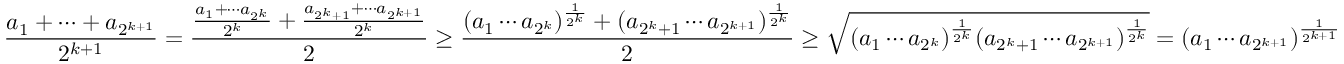
\frac { a _ { 1 } + \cdots + a _ { 2 ^ { k + 1 } } } { 2 ^ { k + 1 } } = \frac { \frac { a _ { 1 } + \cdots a _ { 2 ^ { k } } } { 2 ^ { k } } + \frac { a _ { 2 ^ { k } + 1 } + \cdots a _ { 2 ^ { k + 1 } } } { 2 ^ { k } } } { 2 } \geq \frac { ( a _ { 1 } \cdots a _ { 2 ^ { k } } ) ^ { \frac { 1 } { 2 ^ { k } } } + ( a _ { 2 ^ { k } + 1 } \cdots a _ { 2 ^ { k + 1 } } ) ^ { \frac { 1 } { 2 ^ { k } } } } { 2 } \geq \sqrt { ( a _ { 1 } \cdots a _ { 2 ^ { k } } ) ^ { \frac { 1 } { 2 ^ { k } } } ( a _ { 2 ^ { k } + 1 } \cdots a _ { 2 ^ { k + 1 } } ) ^ { \frac { 1 } { 2 ^ { k } } } } = ( a _ { 1 } \cdots a _ { 2 ^ { k + 1 } } ) ^ { \frac { 1 } { 2 ^ { k + 1 } } }